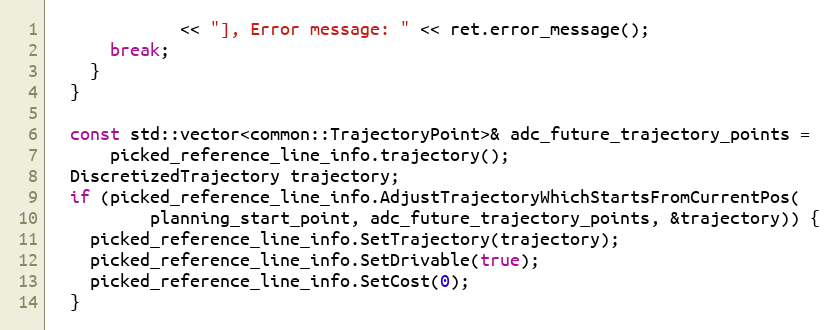
Language: C++
             << "], Error message: " << ret.error_message();
      break;
    }
  }

  const std::vector<common::TrajectoryPoint>& adc_future_trajectory_points =
      picked_reference_line_info.trajectory();
  DiscretizedTrajectory trajectory;
  if (picked_reference_line_info.AdjustTrajectoryWhichStartsFromCurrentPos(
          planning_start_point, adc_future_trajectory_points, &trajectory)) {
    picked_reference_line_info.SetTrajectory(trajectory);
    picked_reference_line_info.SetDrivable(true);
    picked_reference_line_info.SetCost(0);
  }